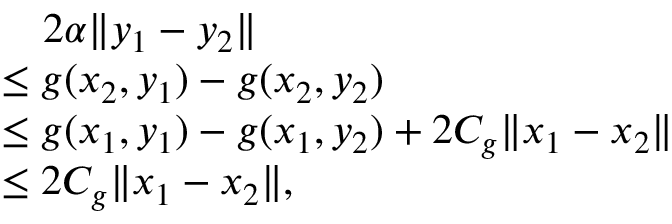
\begin{array} { r l } & { \quad 2 \alpha \Vert y _ { 1 } - y _ { 2 } \Vert } \\ & { \le g ( x _ { 2 } , y _ { 1 } ) - g ( x _ { 2 } , y _ { 2 } ) } \\ & { \le g ( x _ { 1 } , y _ { 1 } ) - g ( x _ { 1 } , y _ { 2 } ) + 2 C _ { g } \Vert x _ { 1 } - x _ { 2 } \Vert } \\ & { \le 2 C _ { g } \Vert x _ { 1 } - x _ { 2 } \Vert , } \end{array}